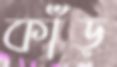
কাঁড়